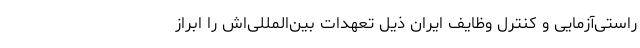
راستی‌آزمایی و کنترل وظایف ایران ذیل تعهدات بین‌المللی‌اش را ابراز